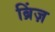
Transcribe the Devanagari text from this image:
ब्रिंज़